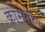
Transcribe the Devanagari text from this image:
क्रोमपीत